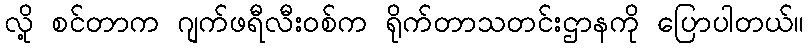
လို့ စင်တာက ဂျက်ဖရီလီးဝစ်က ရိုက်တာသတင်းဌာနကို ပြောပါတယ်။